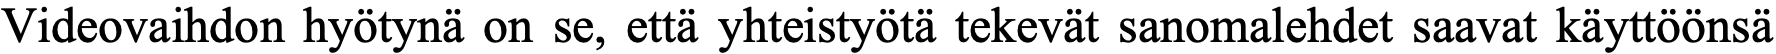
Videovaihdon hyötynä on se, että yhteistyötä tekevät sanomalehdet saavat käyttöönsä